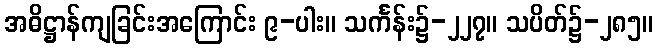
အဓိဋ္ဌာန်ကျခြင်းအကြောင်း ၉-ပါး။ သင်္ကန်း၌-၂၂၇။ သပိတ်၌-၂၈၅။